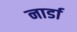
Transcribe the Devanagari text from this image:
नार्डा